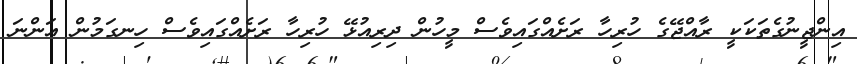
އިންޖީނުގެތަކަކީ ރާއްޖޭގެ ހުރިހާ ރަށެއްގައިވެސް މީހުން ދިރިއުޅޭ ހުރިހާ ރަށެއްގައިވެސް ހިނގަމުން އަންނަ